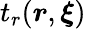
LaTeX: t_{r}(\boldsymbol{r},\boldsymbol{\xi})